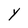
Character: Y